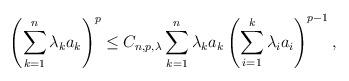
LaTeX: \begin{align*} \left ( \sum^n_{k=1}\lambda_ka_k\right )^p \leq C_{n,p, \lambda}\sum^n_{k=1}\lambda_ka_k\left ( \sum^k_{i=1}\lambda_ia_i\right )^{p-1},\end{align*}